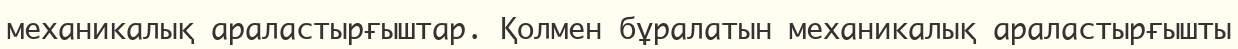
механикалық араластырғыштар. Қолмен бұралатын механикалық араластырғышты